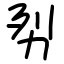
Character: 劽